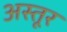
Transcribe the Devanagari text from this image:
अस्तूर